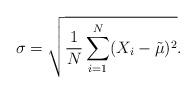
LaTeX: \begin{align*}\sigma=\sqrt{\frac{1}{N} \sum^{N}_{i=1}(X_{i}-\tilde{\mu})^2}.\end{align*}